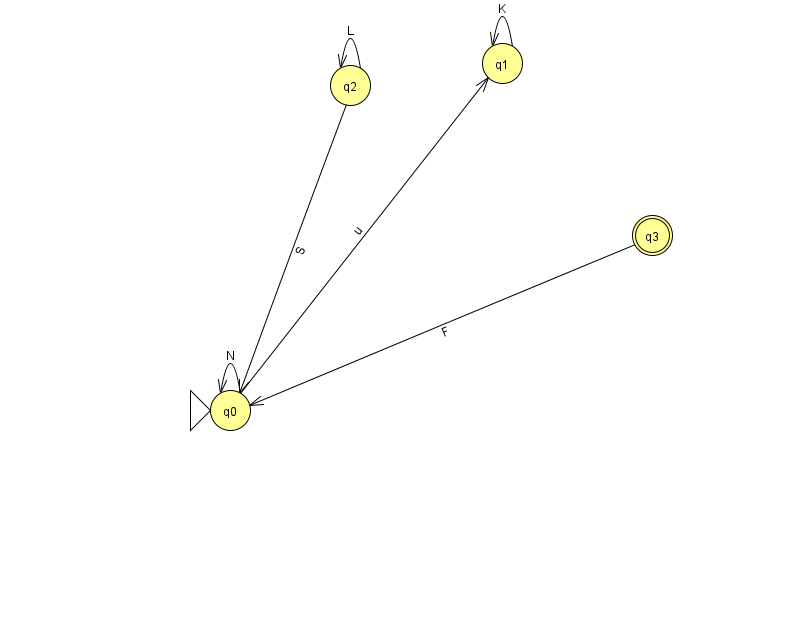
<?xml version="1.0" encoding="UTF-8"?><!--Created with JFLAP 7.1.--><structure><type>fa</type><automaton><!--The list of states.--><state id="0" name="q0"><x>230.0</x><y>397.0</y><initial/></state><state id="1" name="q1"><x>502.0</x><y>50.0</y></state><state id="2" name="q2"><x>350.0</x><y>72.0</y></state><state id="3" name="q3"><x>652.0</x><y>222.0</y><final/></state><!--The list of transitions.--><transition><from>3</from><to>0</to><read>F</read></transition><transition><from>1</from><to>1</to><read>K</read></transition><transition><from>2</from><to>2</to><read>L</read></transition><transition><from>0</from><to>0</to><read>N</read></transition><transition><from>0</from><to>1</to><read>u</read></transition><transition><from>2</from><to>0</to><read>S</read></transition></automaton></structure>